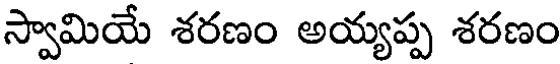
స్వామియే శరణం అయ్యప్ప శరణం